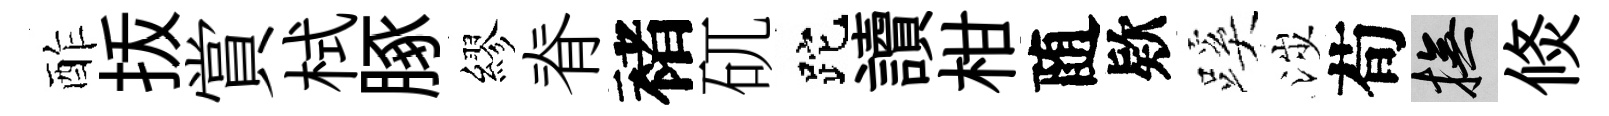
酢㧞賞栻䐁繆脊褚矹跎讀柑随欵蹊涉荀撫倐